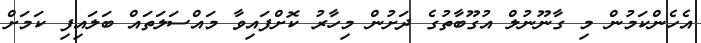
އެހެންކަމުން މި ގާނޫނުލް އުގޫބާތުގެ ދަށުން މިހާރު ކޮށްފައިވާ މައްސަލަތައް ބަލައިފި ކަމަށް